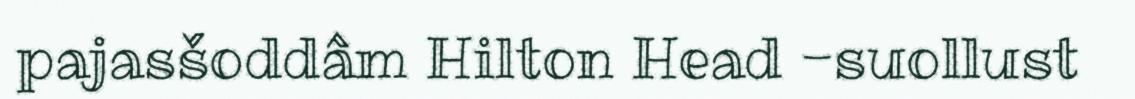
pajasšoddâm Hilton Head -suollust